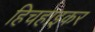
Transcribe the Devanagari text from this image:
हिचहाइकर